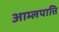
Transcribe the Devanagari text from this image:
आम्लपात्ति